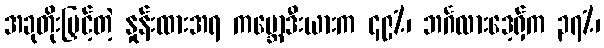
အခုတိုးမြှင့်တဲ့ နှုန်းထားအရ ကမ္ဘောဒီးယားက ၄၉%၊ ဘင်္ဂလားဒေ့ရှ်က ၃၇%၊